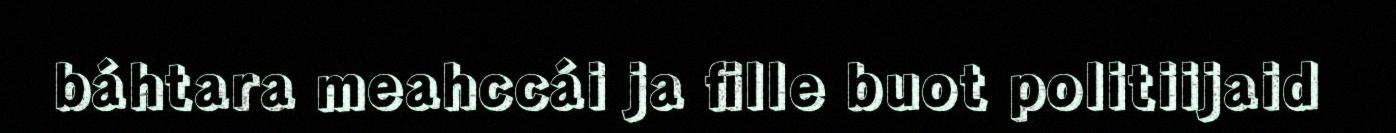
báhtara meahccái ja fille buot politiijaid